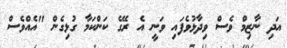
އަދި ނާޒިމް ވެސް ވިދާޅުވެފައި ވަނީ އެ ރޭގެ ކަންކަމާ ގުޅިގެން "އެއްވެސް